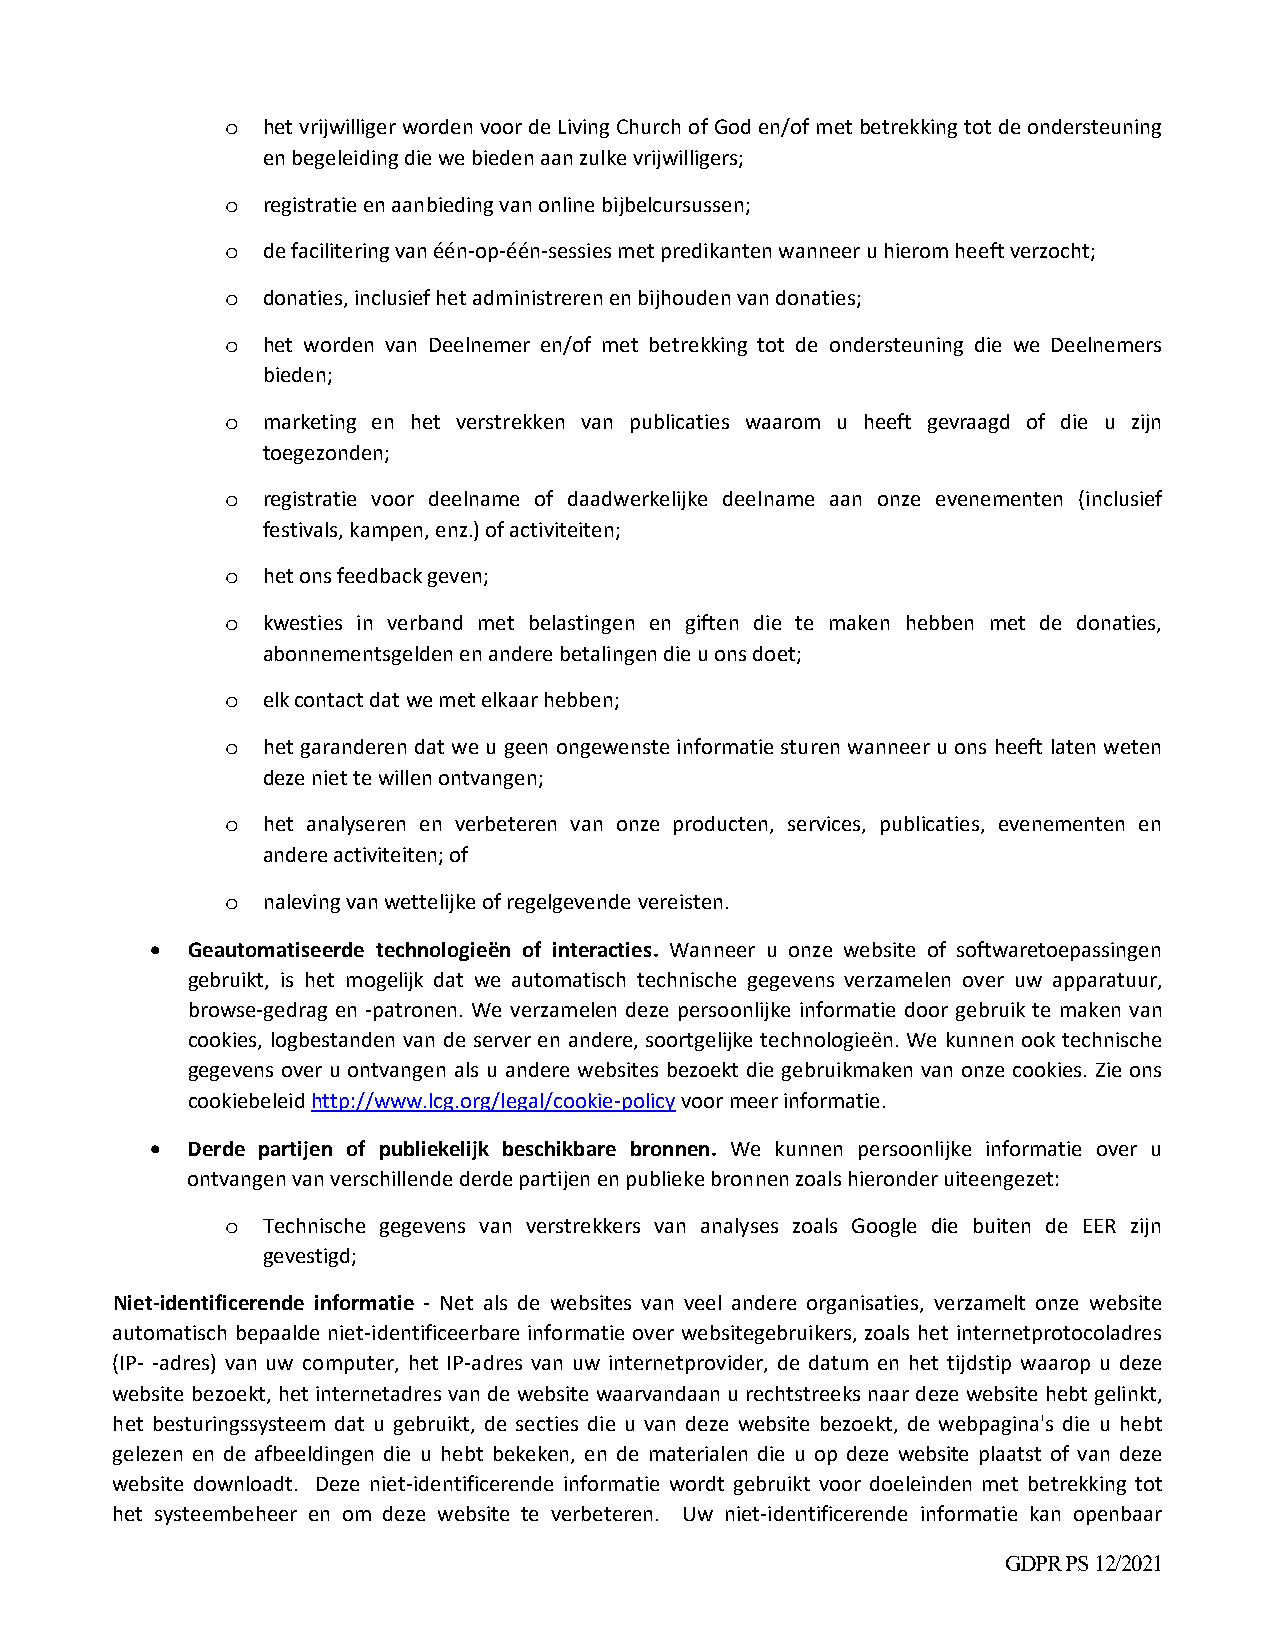
o het vrijwilliger worden voor de Living Church of God en/of met betrekking tot de ondersteuning
 en begeleiding die we bieden aan zulke vrijwilligers;
 o registratie en aanbieding van online bijbelcursussen;
 o de facilitering van één‐op‐één‐sessies met predikanten wanneer u hierom heeft verzocht;
 o donaties, inclusief het administreren en bijhouden van donaties;
 o het worden van Deelnemer en/of met betrekking tot de ondersteuning die we Deelnemers
 bieden;
 o marketing en het verstrekken van publicaties waarom u heeft gevraagd of die u zijn
 toegezonden;
 o registratie voor deelname of daadwerkelijke deelname aan onze evenementen (inclusief
 festivals, kampen, enz.) of activiteiten;
 o het ons feedback geven;
 o kwesties in verband met belastingen en giften die te maken hebben met de donaties,
 abonnementsgelden en andere betalingen die u ons doet;
 o elk contact dat we met elkaar hebben;
 o het garanderen dat we u geen ongewenste informatie sturen wanneer u ons heeft laten weten
 deze niet te willen ontvangen;
 o het analyseren en verbeteren van onze producten, services, publicaties, evenementen en
 andere activiteiten; of
 o naleving van wettelijke of regelgevende vereisten.
  Geautomatiseerde technologieën of interacties. Wanneer u onze website of softwaretoepassingen
 gebruikt, is het mogelijk dat we automatisch technische gegevens verzamelen over uw apparatuur,
 browse‐gedrag en ‐patronen. We verzamelen deze persoonlijke informatie door gebruik te maken van
 cookies, logbestanden van de server en andere, soortgelijke technologieën. We kunnen ook technische
 gegevens over u ontvangen als u andere websites bezoekt die gebruikmaken van onze cookies. Zie ons
 cookiebeleid http://www.lcg.org/legal/cookie‐policy voor meer informatie.
  Derde partijen of publiekelijk beschikbare bronnen. We kunnen persoonlijke informatie over u
 ontvangen van verschillende derde partijen en publieke bronnen zoals hieronder uiteengezet:
 o Technische gegevens van verstrekkers van analyses zoals Google die buiten de EER zijn
 gevestigd;
 Niet‐identificerende informatie ‐ Net als de websites van veel andere organisaties, verzamelt onze website
 automatisch bepaalde niet‐identificeerbare informatie over websitegebruikers, zoals het internetprotocoladres
 (IP‐ ‐adres) van uw computer, het IP‐adres van uw internetprovider, de datum en het tijdstip waarop u deze
 website bezoekt, het internetadres van de website waarvandaan u rechtstreeks naar deze website hebt gelinkt,
 het besturingssysteem dat u gebruikt, de secties die u van deze website bezoekt, de webpagina's die u hebt
 gelezen en de afbeeldingen die u hebt bekeken, en de materialen die u op deze website plaatst of van deze
 website downloadt. Deze niet‐identificerende informatie wordt gebruikt voor doeleinden met betrekking tot
 het systeembeheer en om deze website te verbeteren. Uw niet‐identificerende informatie kan openbaar
 GDPR PS 12/2021